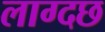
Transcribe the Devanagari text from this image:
लाग्दछ